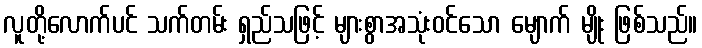
လူတို့လောက်ပင် သက်တမ်း ရှည်သဖြင့် များစွာအသုံးဝင်သော မျောက် မျိုး ဖြစ်သည်။